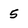
Character: 5